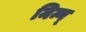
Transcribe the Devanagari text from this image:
मिन्ग्